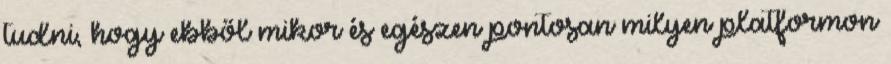
tudni, hogy ebből mikor és egészen pontosan milyen platformon